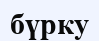
бүрку